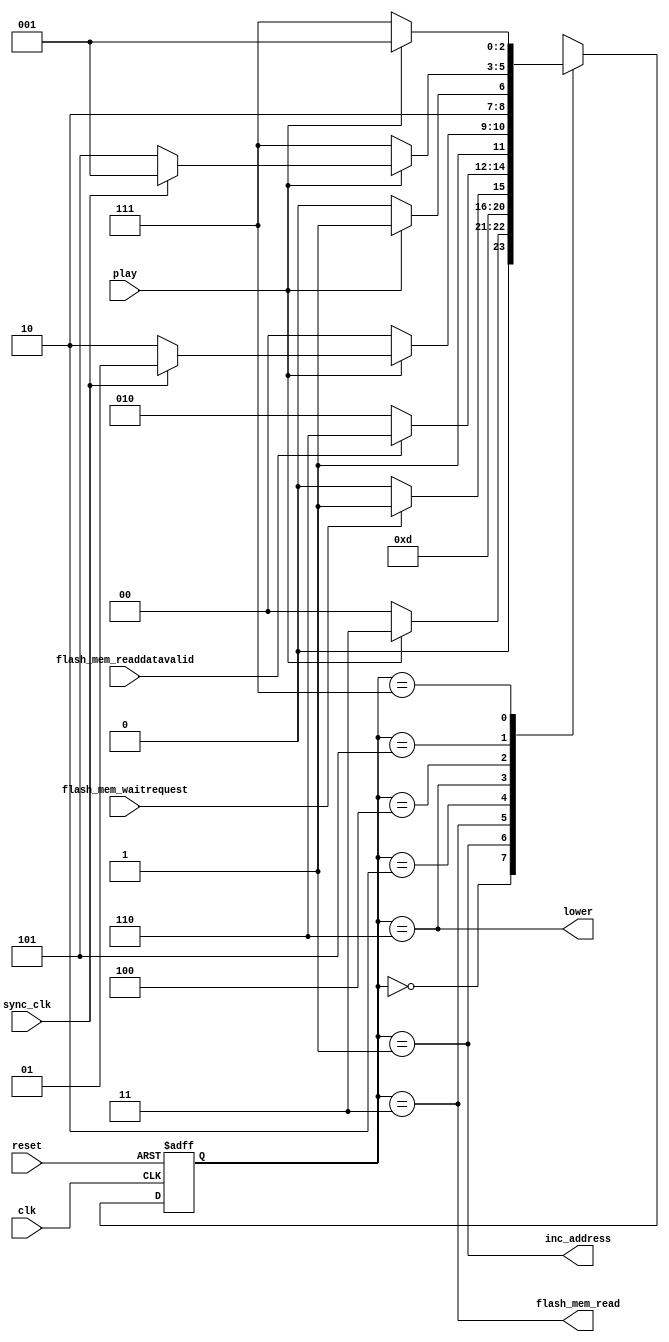
module FSM (clk, reset, play, sync_clk, flash_mem_read, flash_mem_readdatavalid, flash_mem_waitrequest, inc_address, lower);
    input clk, reset, play, sync_clk, flash_mem_readdatavalid, flash_mem_waitrequest;

    output flash_mem_read, inc_address, lower;

    reg [2:0] state; //TODO ensure glitch free

    parameter [2:0] INIT = 3'b000;
    parameter [2:0] INC = 3'b001;
    parameter [2:0] READ = 3'b011;
    parameter [2:0] WAIT = 3'b010;
    parameter [2:0] PLAYL = 3'b110;
    parameter [2:0] PAUSEL = 3'b100;
    parameter [2:0] PLAYR = 3'b101;
    parameter [2:0] PAUSER = 3'b111;

    always @(posedge clk, posedge reset) begin
        if (reset) state <= INIT;
        else begin
            case (state)
                INIT: if (play) state <= READ;
                    else state <= INIT;
                INC: state <= READ;
                READ: if (~flash_mem_waitrequest) state <= WAIT;
                    else state <= READ;
                WAIT: if (flash_mem_readdatavalid) state <= PLAYL;
                    else state <= WAIT;
                PLAYL: if (~play) state <= PAUSEL;
                    else if (sync_clk) state <= PLAYR;
                    else state <= PLAYL;
                PAUSEL: if (play) state <= PLAYR;
                    else state <= PAUSEL;
                PLAYR: if (~play) state <= PAUSER;
                    else if (sync_clk) state <= INC;
                    else state <= PLAYR;
                PAUSER: if (play) state <= INC;
                    else state <= PAUSER;
                default: state <= INIT;
            endcase
        end
    end

    always @(*) begin
        inc_address = (state == INC);
        flash_mem_read = (state == READ);
        lower = (state == PLAYL);
    end
endmodule